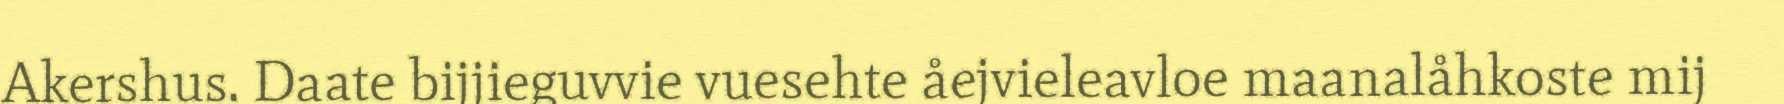
Akershus. Daate bijjieguvvie vuesehte åejvieleavloe maanalåhkoste mij